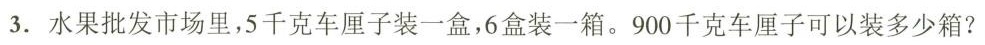
3.水果批发市场里，5千克车厘子装一盒，6盒装一箱。900千克车厘子可以装多少箱?